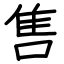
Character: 售